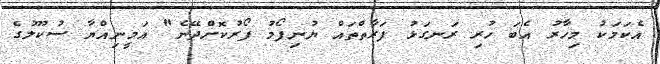
އެކަމަކު މިހާރު އެބަ ހުރި ރަނގަޅު ފަރާތްތައް ޔުނިފޯމު ފޯރުކޮށްދޭނެ" އަމީނިއްޔާ ސުކޫލުގެ